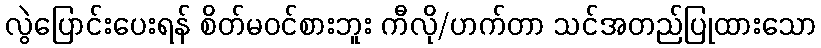
လွဲပြောင်းပေးရန် စိတ်မဝင်စားဘူး ကီလို/ဟက်တာ သင်အတည်ပြုထားသော